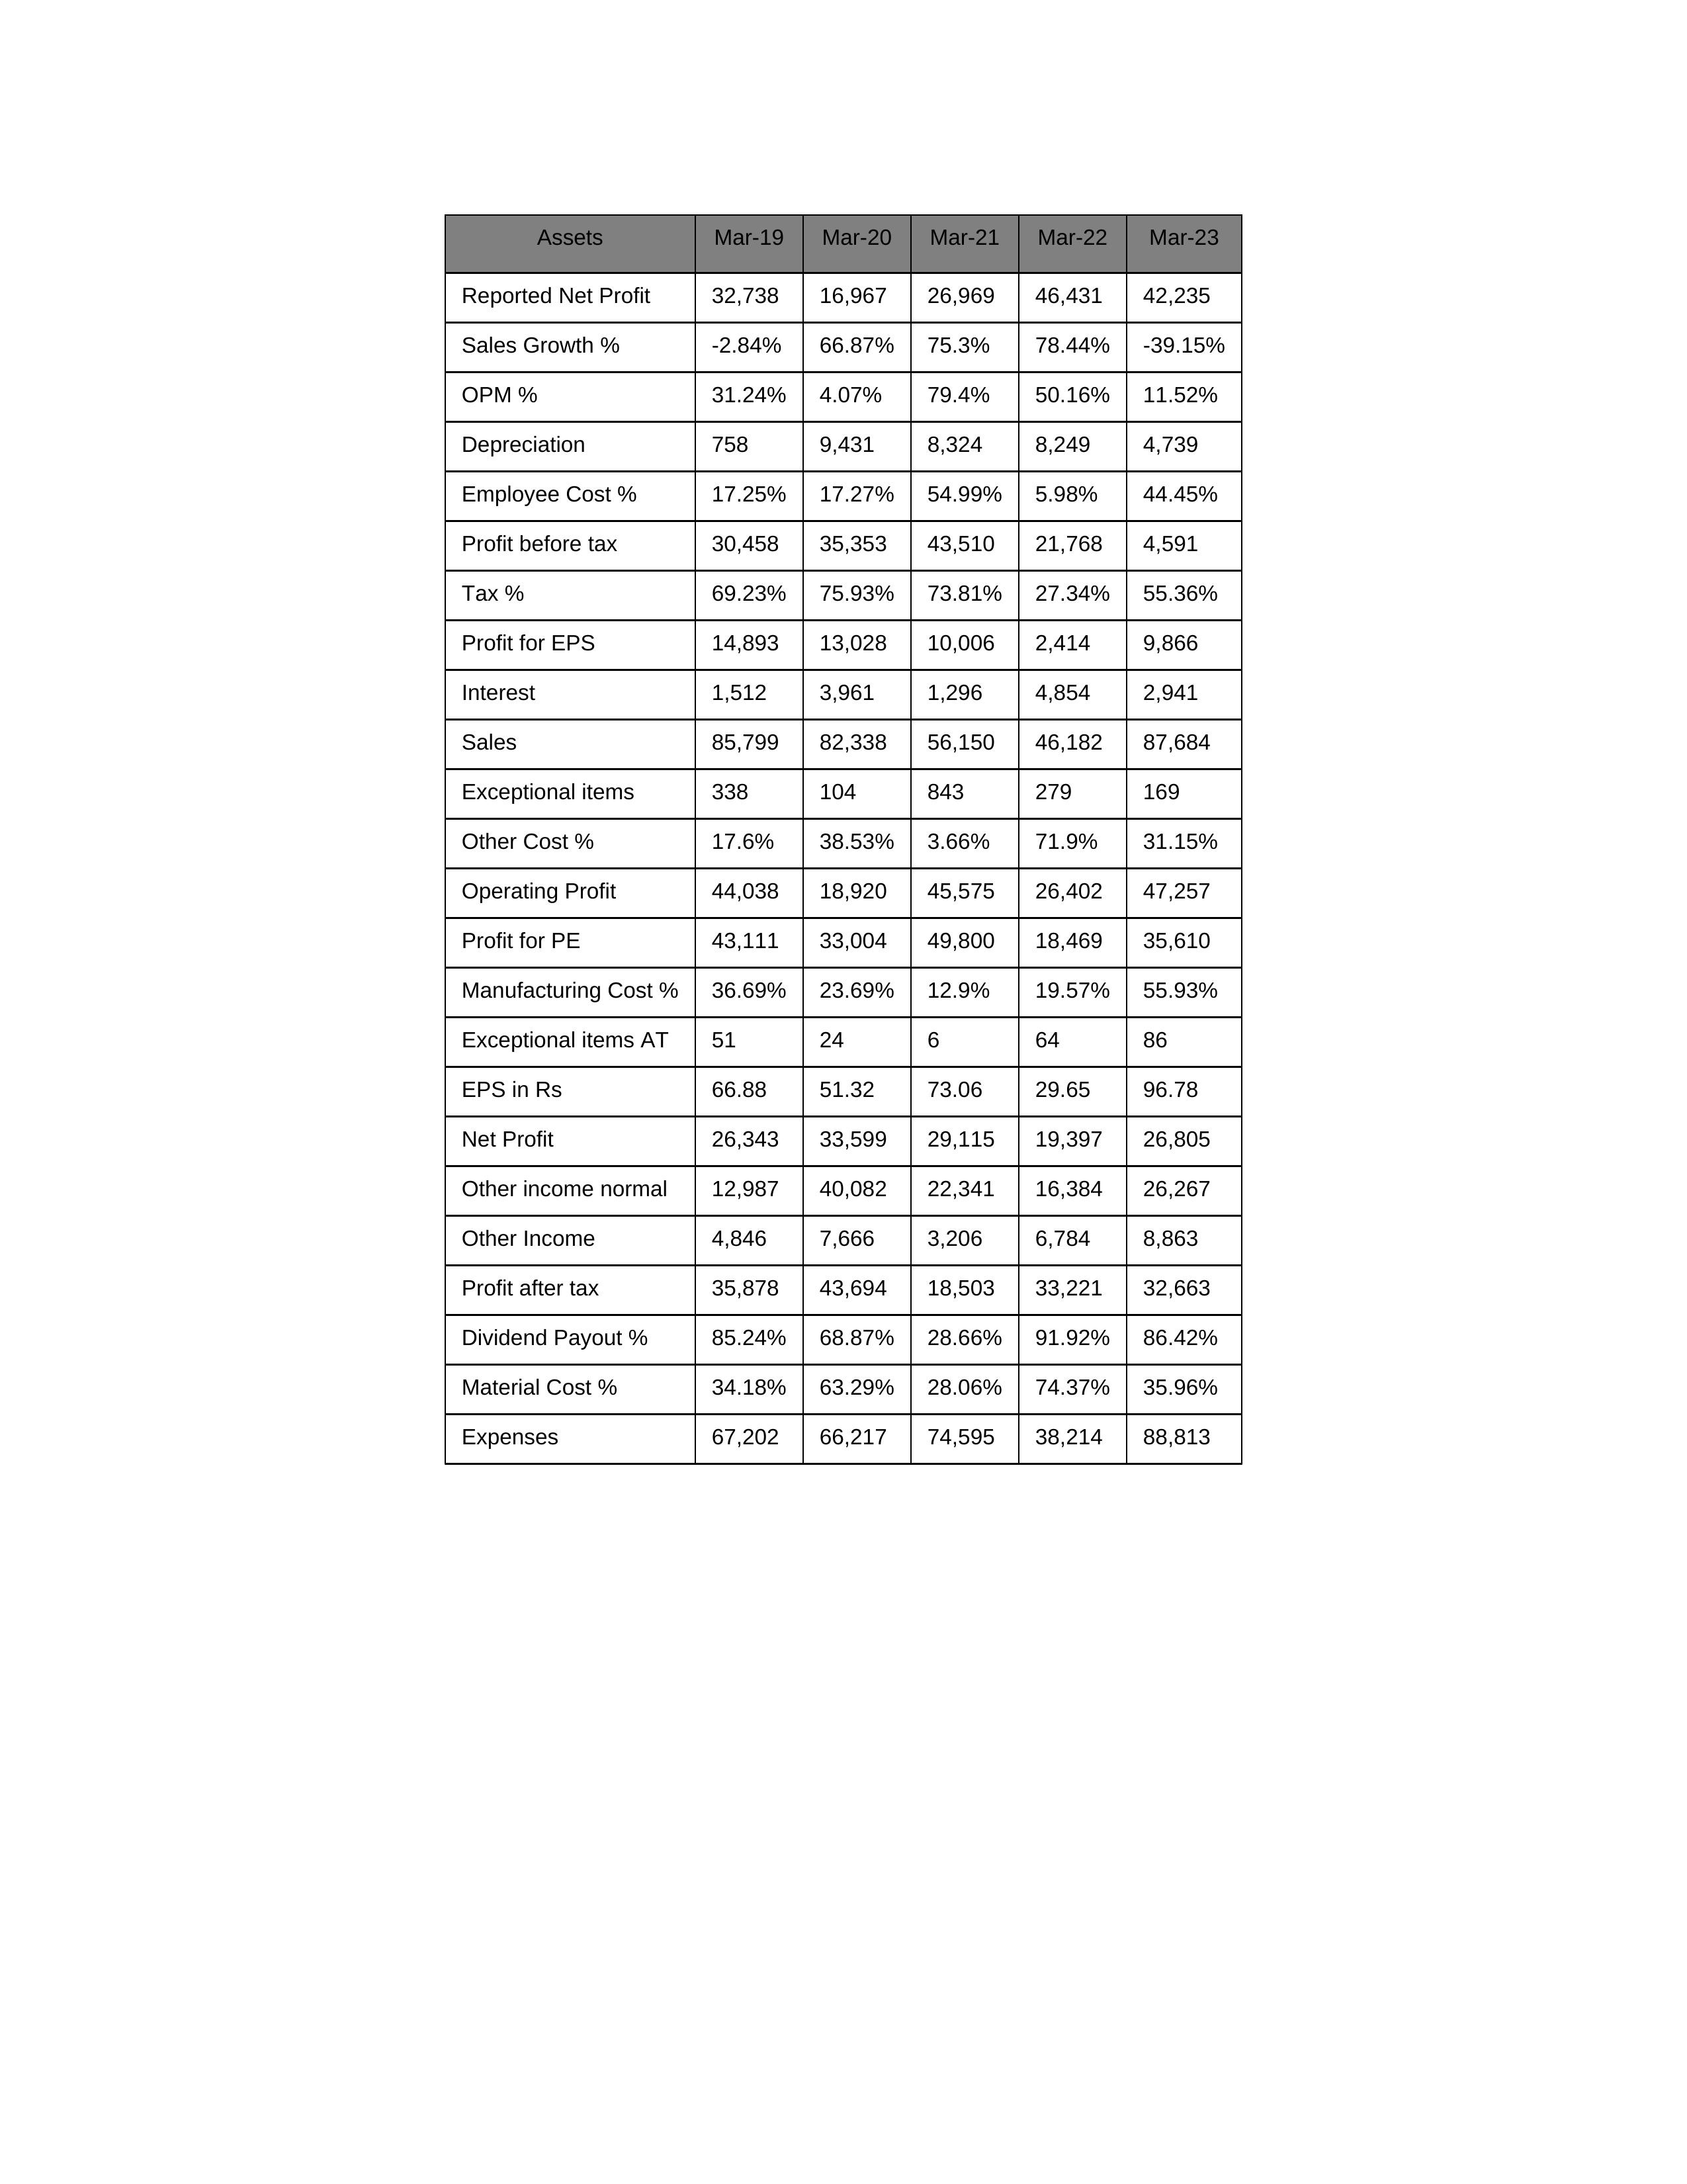
gt_parse: Mar-19: Sales: 85,799
Sales Growth %: -2.84%
Expenses: 67,202
Material Cost %: 34.18%
Manufacturing Cost %: 36.69%
Employee Cost %: 17.25%
Other Cost %: 17.6%
Operating Profit: 44,038
OPM %: 31.24%
Other Income: 4,846
Exceptional items: 338
Other income normal: 12,987
Interest: 1,512
Depreciation: 758
Profit before tax: 30,458
Tax %: 69.23%
Net Profit: 26,343
Profit after tax: 35,878
Reported Net Profit: 32,738
Profit for EPS: 14,893
Exceptional items AT: 51
Profit for PE: 43,111
EPS in Rs: 66.88
Dividend Payout %: 85.24%
Mar-20: Sales: 82,338
Sales Growth %: 66.87%
Expenses: 66,217
Material Cost %: 63.29%
Manufacturing Cost %: 23.69%
Employee Cost %: 17.27%
Other Cost %: 38.53%
Operating Profit: 18,920
OPM %: 4.07%
Other Income: 7,666
Exceptional items: 104
Other income normal: 40,082
Interest: 3,961
Depreciation: 9,431
Profit before tax: 35,353
Tax %: 75.93%
Net Profit: 33,599
Profit after tax: 43,694
Reported Net Profit: 16,967
Profit for EPS: 13,028
Exceptional items AT: 24
Profit for PE: 33,004
EPS in Rs: 51.32
Dividend Payout %: 68.87%
Mar-21: Sales: 56,150
Sales Growth %: 75.3%
Expenses: 74,595
Material Cost %: 28.06%
Manufacturing Cost %: 12.9%
Employee Cost %: 54.99%
Other Cost %: 3.66%
Operating Profit: 45,575
OPM %: 79.4%
Other Income: 3,206
Exceptional items: 843
Other income normal: 22,341
Interest: 1,296
Depreciation: 8,324
Profit before tax: 43,510
Tax %: 73.81%
Net Profit: 29,115
Profit after tax: 18,503
Reported Net Profit: 26,969
Profit for EPS: 10,006
Exceptional items AT: 6
Profit for PE: 49,800
EPS in Rs: 73.06
Dividend Payout %: 28.66%
Mar-22: Sales: 46,182
Sales Growth %: 78.44%
Expenses: 38,214
Material Cost %: 74.37%
Manufacturing Cost %: 19.57%
Employee Cost %: 5.98%
Other Cost %: 71.9%
Operating Profit: 26,402
OPM %: 50.16%
Other Income: 6,784
Exceptional items: 279
Other income normal: 16,384
Interest: 4,854
Depreciation: 8,249
Profit before tax: 21,768
Tax %: 27.34%
Net Profit: 19,397
Profit after tax: 33,221
Reported Net Profit: 46,431
Profit for EPS: 2,414
Exceptional items AT: 64
Profit for PE: 18,469
EPS in Rs: 29.65
Dividend Payout %: 91.92%
Mar-23: Sales: 87,684
Sales Growth %: -39.15%
Expenses: 88,813
Material Cost %: 35.96%
Manufacturing Cost %: 55.93%
Employee Cost %: 44.45%
Other Cost %: 31.15%
Operating Profit: 47,257
OPM %: 11.52%
Other Income: 8,863
Exceptional items: 169
Other income normal: 26,267
Interest: 2,941
Depreciation: 4,739
Profit before tax: 4,591
Tax %: 55.36%
Net Profit: 26,805
Profit after tax: 32,663
Reported Net Profit: 42,235
Profit for EPS: 9,866
Exceptional items AT: 86
Profit for PE: 35,610
EPS in Rs: 96.78
Dividend Payout %: 86.42%